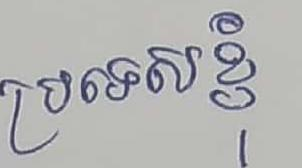
ប្រទេសខ្ញុំ